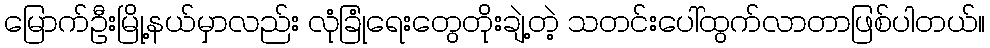
မြောက်ဦးမြို့နယ်မှာလည်း လုံခြုံရေးတွေတိုးချဲ့တဲ့ သတင်းပေါ်ထွက်လာတာဖြစ်ပါတယ်။